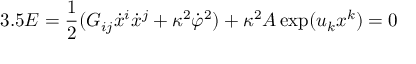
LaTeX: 3 . 5 E = \frac { 1 } { 2 } ( G _ { i j } \dot { x } ^ { i } \dot { x } ^ { j } + \kappa ^ { 2 } \dot { \varphi } ^ { 2 } ) + \kappa ^ { 2 } A \exp ( u _ { k } x ^ { k } ) = 0